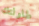
طاولتك